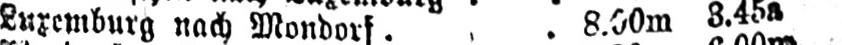
Luxemburg nach Mondorf ... 8.00m 3.45a